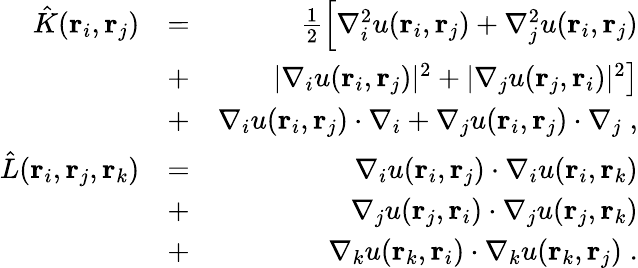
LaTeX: \begin{array}{rlr}{\hat{K}({\mathbf r}_{i},{\mathbf r}_{j})}&{=}&{\frac 12\left[\nabla_{i}^{2}u({\mathbf r}_{i},{\mathbf r}_{j})+\nabla_{j}^{2}u({\mathbf r}_{i},{\mathbf r}_{j})\right.}\\ &{+}&{\left.|\nabla_{i}u({\mathbf r}_{i},{\mathbf r}_{j})|^{2}+|\nabla_{j}u({\mathbf r}_{j},{\mathbf r}_{i})|^{2}\right]}\\ &{+}&{\nabla_{i}u({\mathbf r}_{i},{\mathbf r}_{j})\cdot\nabla_{i}+\nabla_{j}u({\mathbf r}_{i},{\mathbf r}_{j})\cdot\nabla_{j}\; ,}\\ {\hat{L}({\mathbf r}_{i},{\mathbf r}_{j},{\mathbf r}_{k})}&{=}&{\nabla_{i}u({\mathbf r}_{i},{\mathbf r}_{j})\cdot\nabla_{i}u({\mathbf r}_{i},{\mathbf r}_{k})}\\ &{+}&{\nabla_{j}u({\mathbf r}_{j},{\mathbf r}_{i})\cdot\nabla_{j}u({\mathbf r}_{j},{\mathbf r}_{k})}\\ &{+}&{\nabla_{k}u({\mathbf r}_{k},{\mathbf r}_{i})\cdot\nabla_{k}u({\mathbf r}_{k},{\mathbf r}_{j})\; .}\end{array}